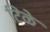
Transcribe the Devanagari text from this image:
टिळे